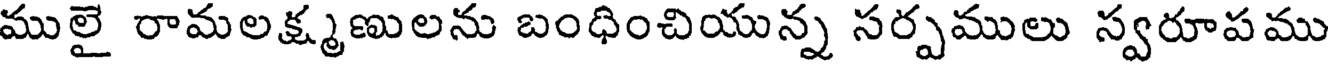
ములై రామలక్ష్మణులను బంధించియున్న సర్పములు స్వరూపము